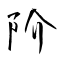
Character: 阶